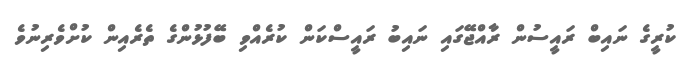
ކުރީގެ ނައިބް ރައީސުން ރާއްޖޭގައި ނައިބު ރައީސްކަން ކުރެއްވި ބޭފުޅުންގެ ތެރެއިން ކުށްވެރިނުވެ